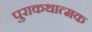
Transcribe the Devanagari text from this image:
पुराकथात्मक